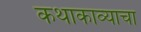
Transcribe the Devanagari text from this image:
कथाकाव्याचा